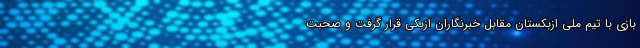
بازی با تیم ملی ازبکستان مقابل خبرنگاران ازبکی قرار گرفت و صحبت‌